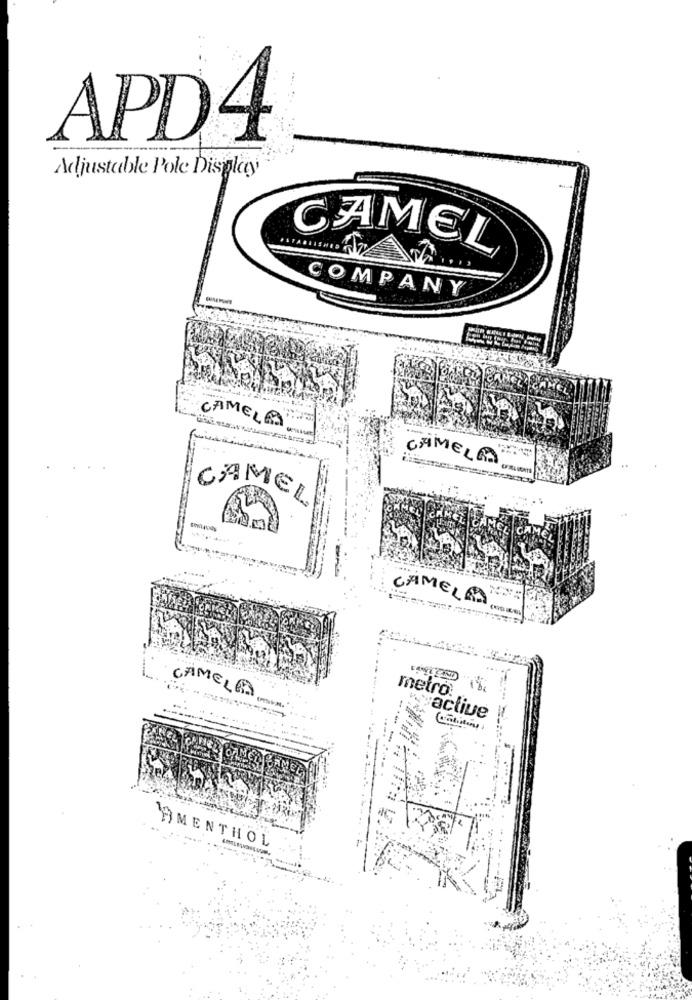
APD4
Adjustable Pole Display
CAMEL
COMPANY
CAMELA
GAMELAS
CAMEL
Im
CAMELAS
metro
CAMELES
wyactive
- -
...
AMENTHOL
. ..